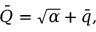
\bar { Q } = \sqrt { \alpha } + \bar { q } ,